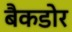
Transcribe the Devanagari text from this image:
बैकडोर